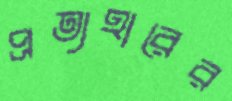
প্রত্যহারের